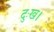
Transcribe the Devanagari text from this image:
दुःख।